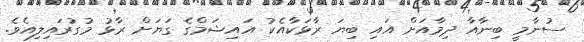
ސުނާމީ ބިނާއާ ދިމާއަށް އައި ބިޔަ ރާޅަކާއެކު އައިޝަމްގެ ގަޔަށް ރާޅު މުގުރައިލިއެވެ.